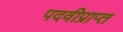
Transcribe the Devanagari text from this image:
पदवीप्राप्त